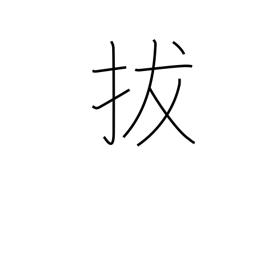
Meaning: quote